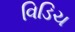
વિડિચ